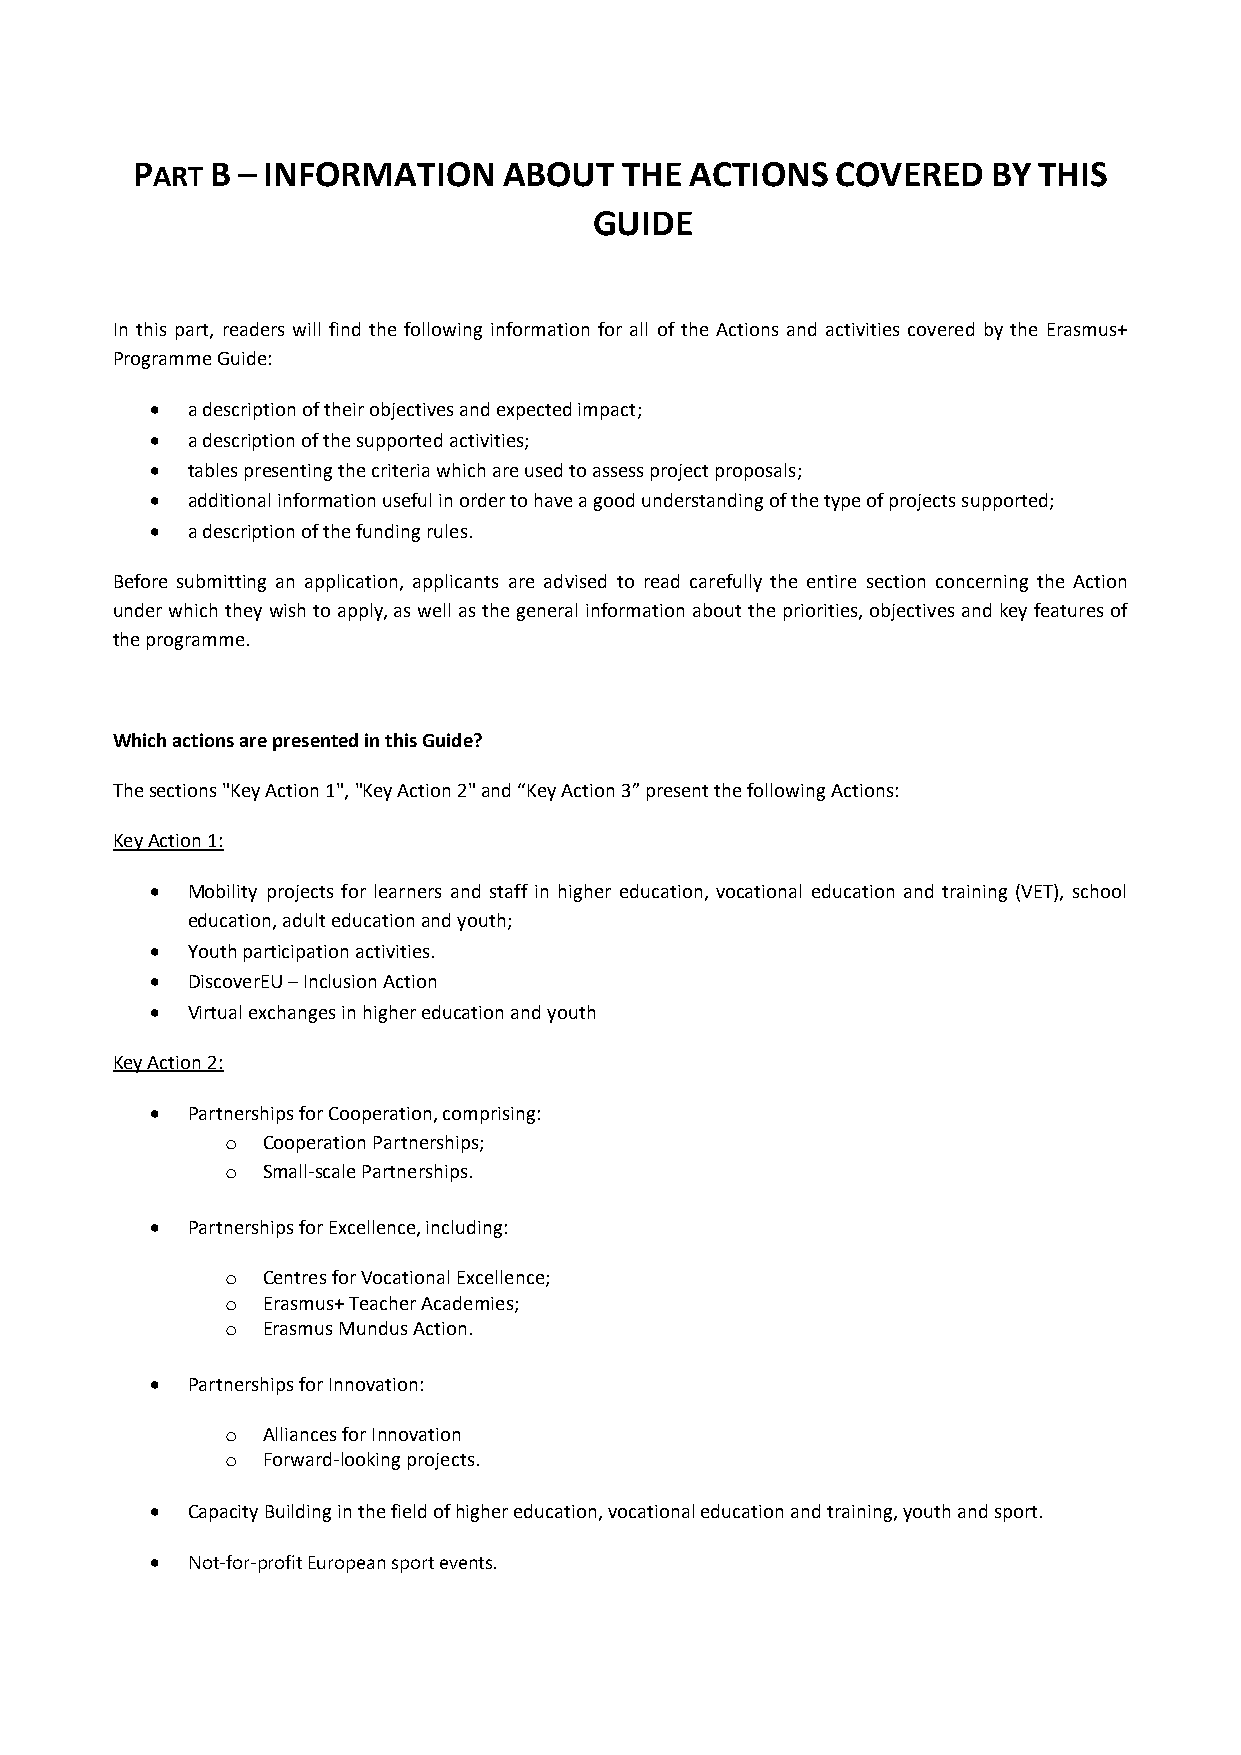
PART B – INFORMATION    ABOUT   THE  ACTIONS  COVERED    BY THIS
 GUIDE
 In this part, readers will find the following information for all of the Actions and activities covered by the Erasmus+
 Programme Guide:
  a description of their objectives and expected impact;
  a description of the supported activities;
  tables presenting the criteria which are used to assess project proposals;
  additional information useful in order to have a good understanding of the type of projects supported;
  a description of the funding rules.
 Before submitting an application, applicants are advised to read carefully the entire section concerning the Action
 under which they wish to apply, as well as the general information about the priorities, objectives and key features of
 the programme.
 Which actions are presented in this Guide?
 The sections "Key Action 1", "Key Action 2" and “Key Action 3” present the following Actions:
 Key Action 1:
  Mobility projects for learners and staff in higher education, vocational education and training (VET), school
 education, adult education and youth;
  Youth participation activities.
  DiscoverEU – Inclusion Action
  Virtual exchanges in higher education and youth
 Key Action 2:
  Partnerships for Cooperation, comprising:
 o Cooperation Partnerships;
 o Small-scale Partnerships.
  Partnerships for Excellence, including:
 o Centres for Vocational Excellence;
 o Erasmus+ Teacher Academies;
 o Erasmus Mundus Action.
  Partnerships for Innovation:
 o Alliances for Innovation
 o Forward-looking projects.
  Capacity Building in the field of higher education, vocational education and training, youth and sport.
  Not-for-profit European sport events.